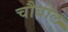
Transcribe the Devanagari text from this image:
चौबोल